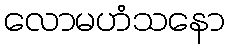
လောမဟံသနော